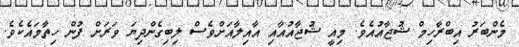
މެންބަރު އިބްރާހިމް ޝުޖާއުއެވެ. މިއީ ޝުޖާއުއާއި އާއިލާއަށްވެސް ލިބިގެންދިޔަ ވަރަށް ފުން ހިތާމައެކެވެ.